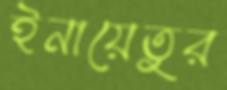
ইনায়েতুর